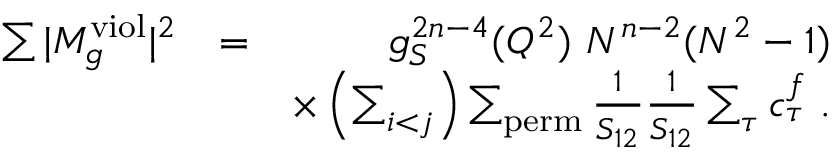
\begin{array} { r l r } { \sum \vert M _ { g } ^ { \mathrm { v i o l } } \vert ^ { 2 } } & { = } & { g _ { S } ^ { 2 n - 4 } ( Q ^ { 2 } ) ~ N ^ { n - 2 } ( N ^ { 2 } - 1 ) } \\ & { } & { \times \left( \sum _ { i < j } \right) \sum _ { \mathrm { p e r m } } \frac { 1 } { S _ { 1 2 } } \frac { 1 } { S _ { 1 2 } } \sum _ { \tau } c _ { \tau } ^ { f } ~ . } \end{array}